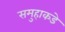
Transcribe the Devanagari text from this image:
समुहाकडे